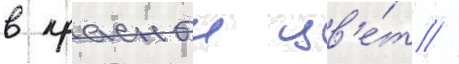
в красныи цв'е́т //